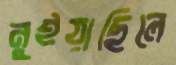
নুইয়াছিলে